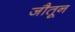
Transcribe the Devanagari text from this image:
जौतून